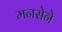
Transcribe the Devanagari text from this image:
मनसेने